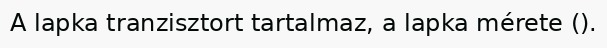
A lapka tranzisztort tartalmaz, a lapka mérete ().